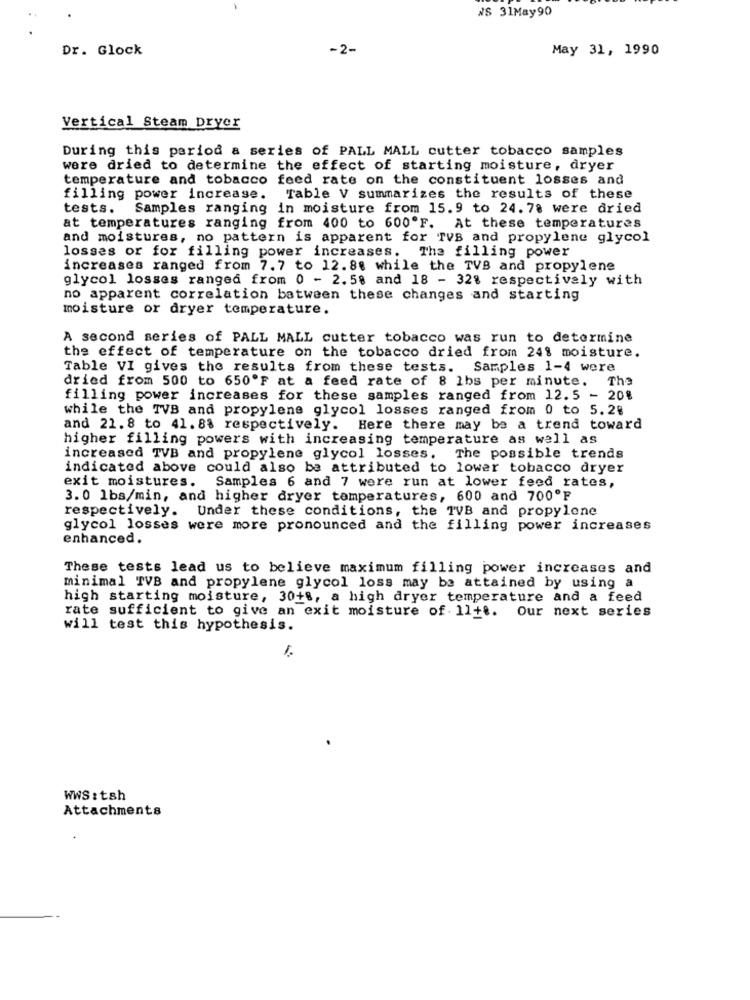
WS 31May90
Dr. Glock
-2-
May 31, 1990
Vertical Steam Dryer
During this period a series of PALL MALL cutter tobacco samples
were dried to determine the effect of starting moisture, dryer
temperature and tobacco feed rate on the constituent losses and
filling power increase.
Table V summarizes the results of these
tests.
Samples ranging in moisture from 15.9 to 24.78 were dried
at temperatures ranging from 400 to 600ºF. At these temperatures
and moistures, no pattern is apparent for TVS and propylene glycol
losses or for filling power increases. The filling power
increases ranged from 7.7 to 12.88 while the TVB and propylene
glycol losses ranged from 0 - 2.58 and 18 - 32% respectively with
no apparent correlation batween these changes and starting
moisture or dryer temperature.
A second series of PALL MALL cutter tobacco was run to determine
the effect of temperature on the tobacco dried from 241 moisture.
Table VI gives the results from these tests.
Samples 1-4 were
dried from 500 to 650ºF at a feed rate of 8 1bs per minute.
The
filling power increases for these samples ranged from 12.5 - 20%
while the TVB and propylene glycol losses ranged from 0 to 5.28
and 21. 8 to 41. 88 respectively. Here there may be a trend toward
higher filling powers with increasing temperature as well as
increased TVB and propylene glycol losses. The possible trends
indicated above could also be attributed to lower tobacco dryer
exit moistures. Samples 6 and 7 were run at lower feed rates,
3.0 lbs/min, and higher dryer temperatures, 600 and 700ºF
respectively. Under these conditions, the TVB and propylene
glycol losses were more pronounced and the filling power increases
enhanced.
These tests lead us to believe maximum filling power increases and
minimal TVB and propylene glycol loss may be attained by using a
high starting moisture, 30+%, a high dryer temperature and a feed
rate sufficient to give an exit moisture of 11+ .. Our next series
will test this hypothesis.
1.
WWS : tsh
Attachments